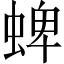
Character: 蜱